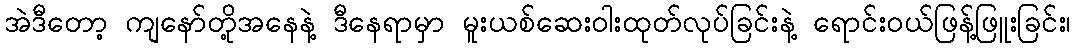
အဲဒီတော့ ကျနော်တို့အနေနဲ့ ဒီနေရာမှာ မူးယစ်ဆေးဝါးထုတ်လုပ်ခြင်းနဲ့ ရောင်းဝယ်ဖြန့်ဖြူးခြင်း၊